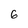
Character: 6